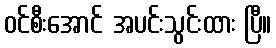
ဝင်စီးအောင် အပင်းသွင်းထား ပြီ။